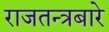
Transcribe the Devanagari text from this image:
राजतन्त्रबारे